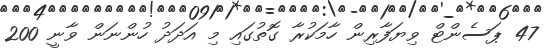
47 ޕަސެންޓް ވިޔަފާރިން ހާމަކުރާ ގޮތުގައި މި އަދަދު ހުންނަން ވާނީ 200